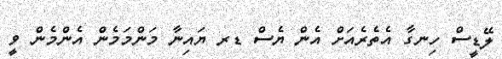
ލޭޑީސް ހިނގާ އެތެރެއަށް އެން ޔެސް ޑރ ޔައިނާ މަންމަމެން އެންމެން ވީ